Senior Leaving Certificate Examination (including Day School Certificate (Higher) General paper), 1950
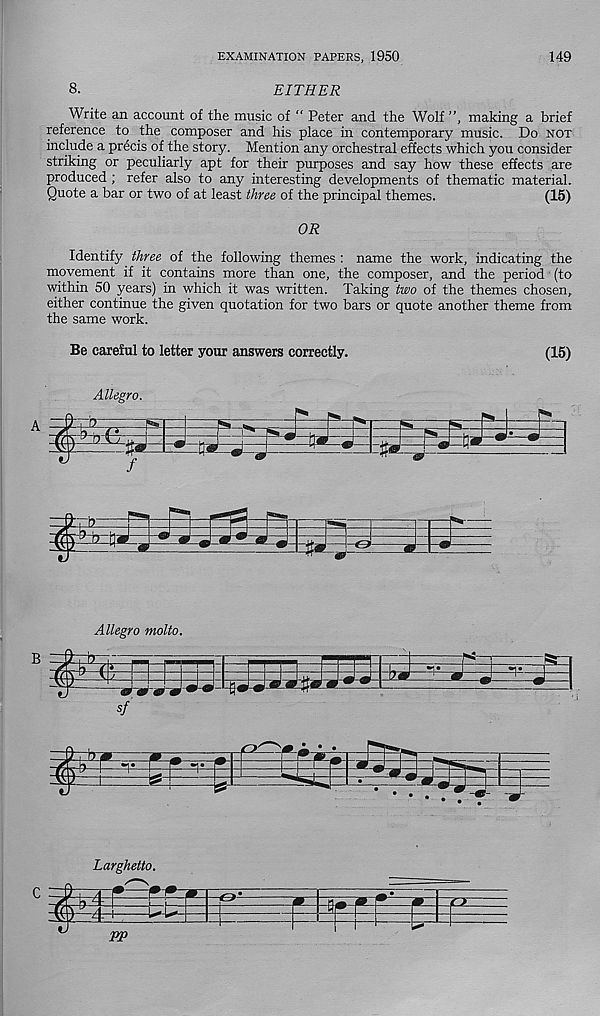
EXAMINATION PAPERS, 1950
149
8.
EITHER
Write an account of the music of “ Peter and the Wolf ”, making a brief
reference to the composer and his place in contemporary music. Do not
include a precis of the story. Mention any orchestral effects which you consider
striking or peculiarly apt for their purposes and say how these effects are
produced ; refer also to any interesting developments of thematic material.
Quote a bar or two of at least three of the principal themes.
(15)
OR
Identify three of the following themes : name the work, indicating the
movement if it contains more than one, the composer, and the period (to
within 50 years) in which it was written. Taking two of the themes chosen,
either continue the given quotation for two bars or quote another theme from
the same work.
Be careful to letter your answers correctly.
(15)
Allegro.
fe]E
HI
EiEii
/
CJ
Allegro molto.
B
1
sf
msm
o'
I —. • •
Larghetto.
o-
4-1 ,
o
VP